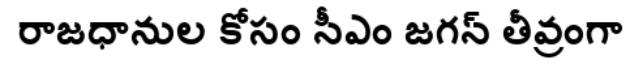
రాజధానుల కోసం సీఎం జగన్ తీవ్రంగా